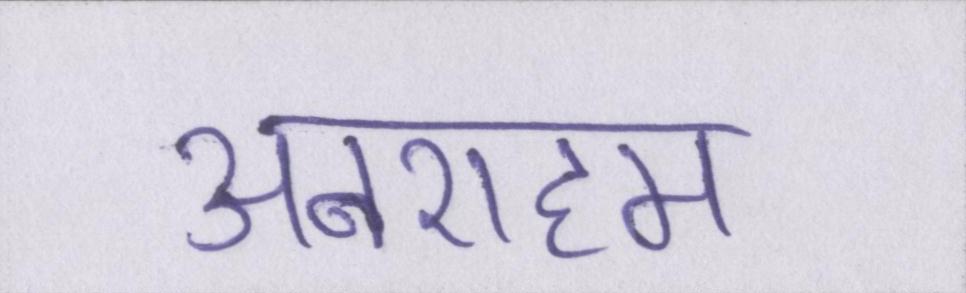
अबराहम